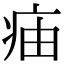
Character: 㾄